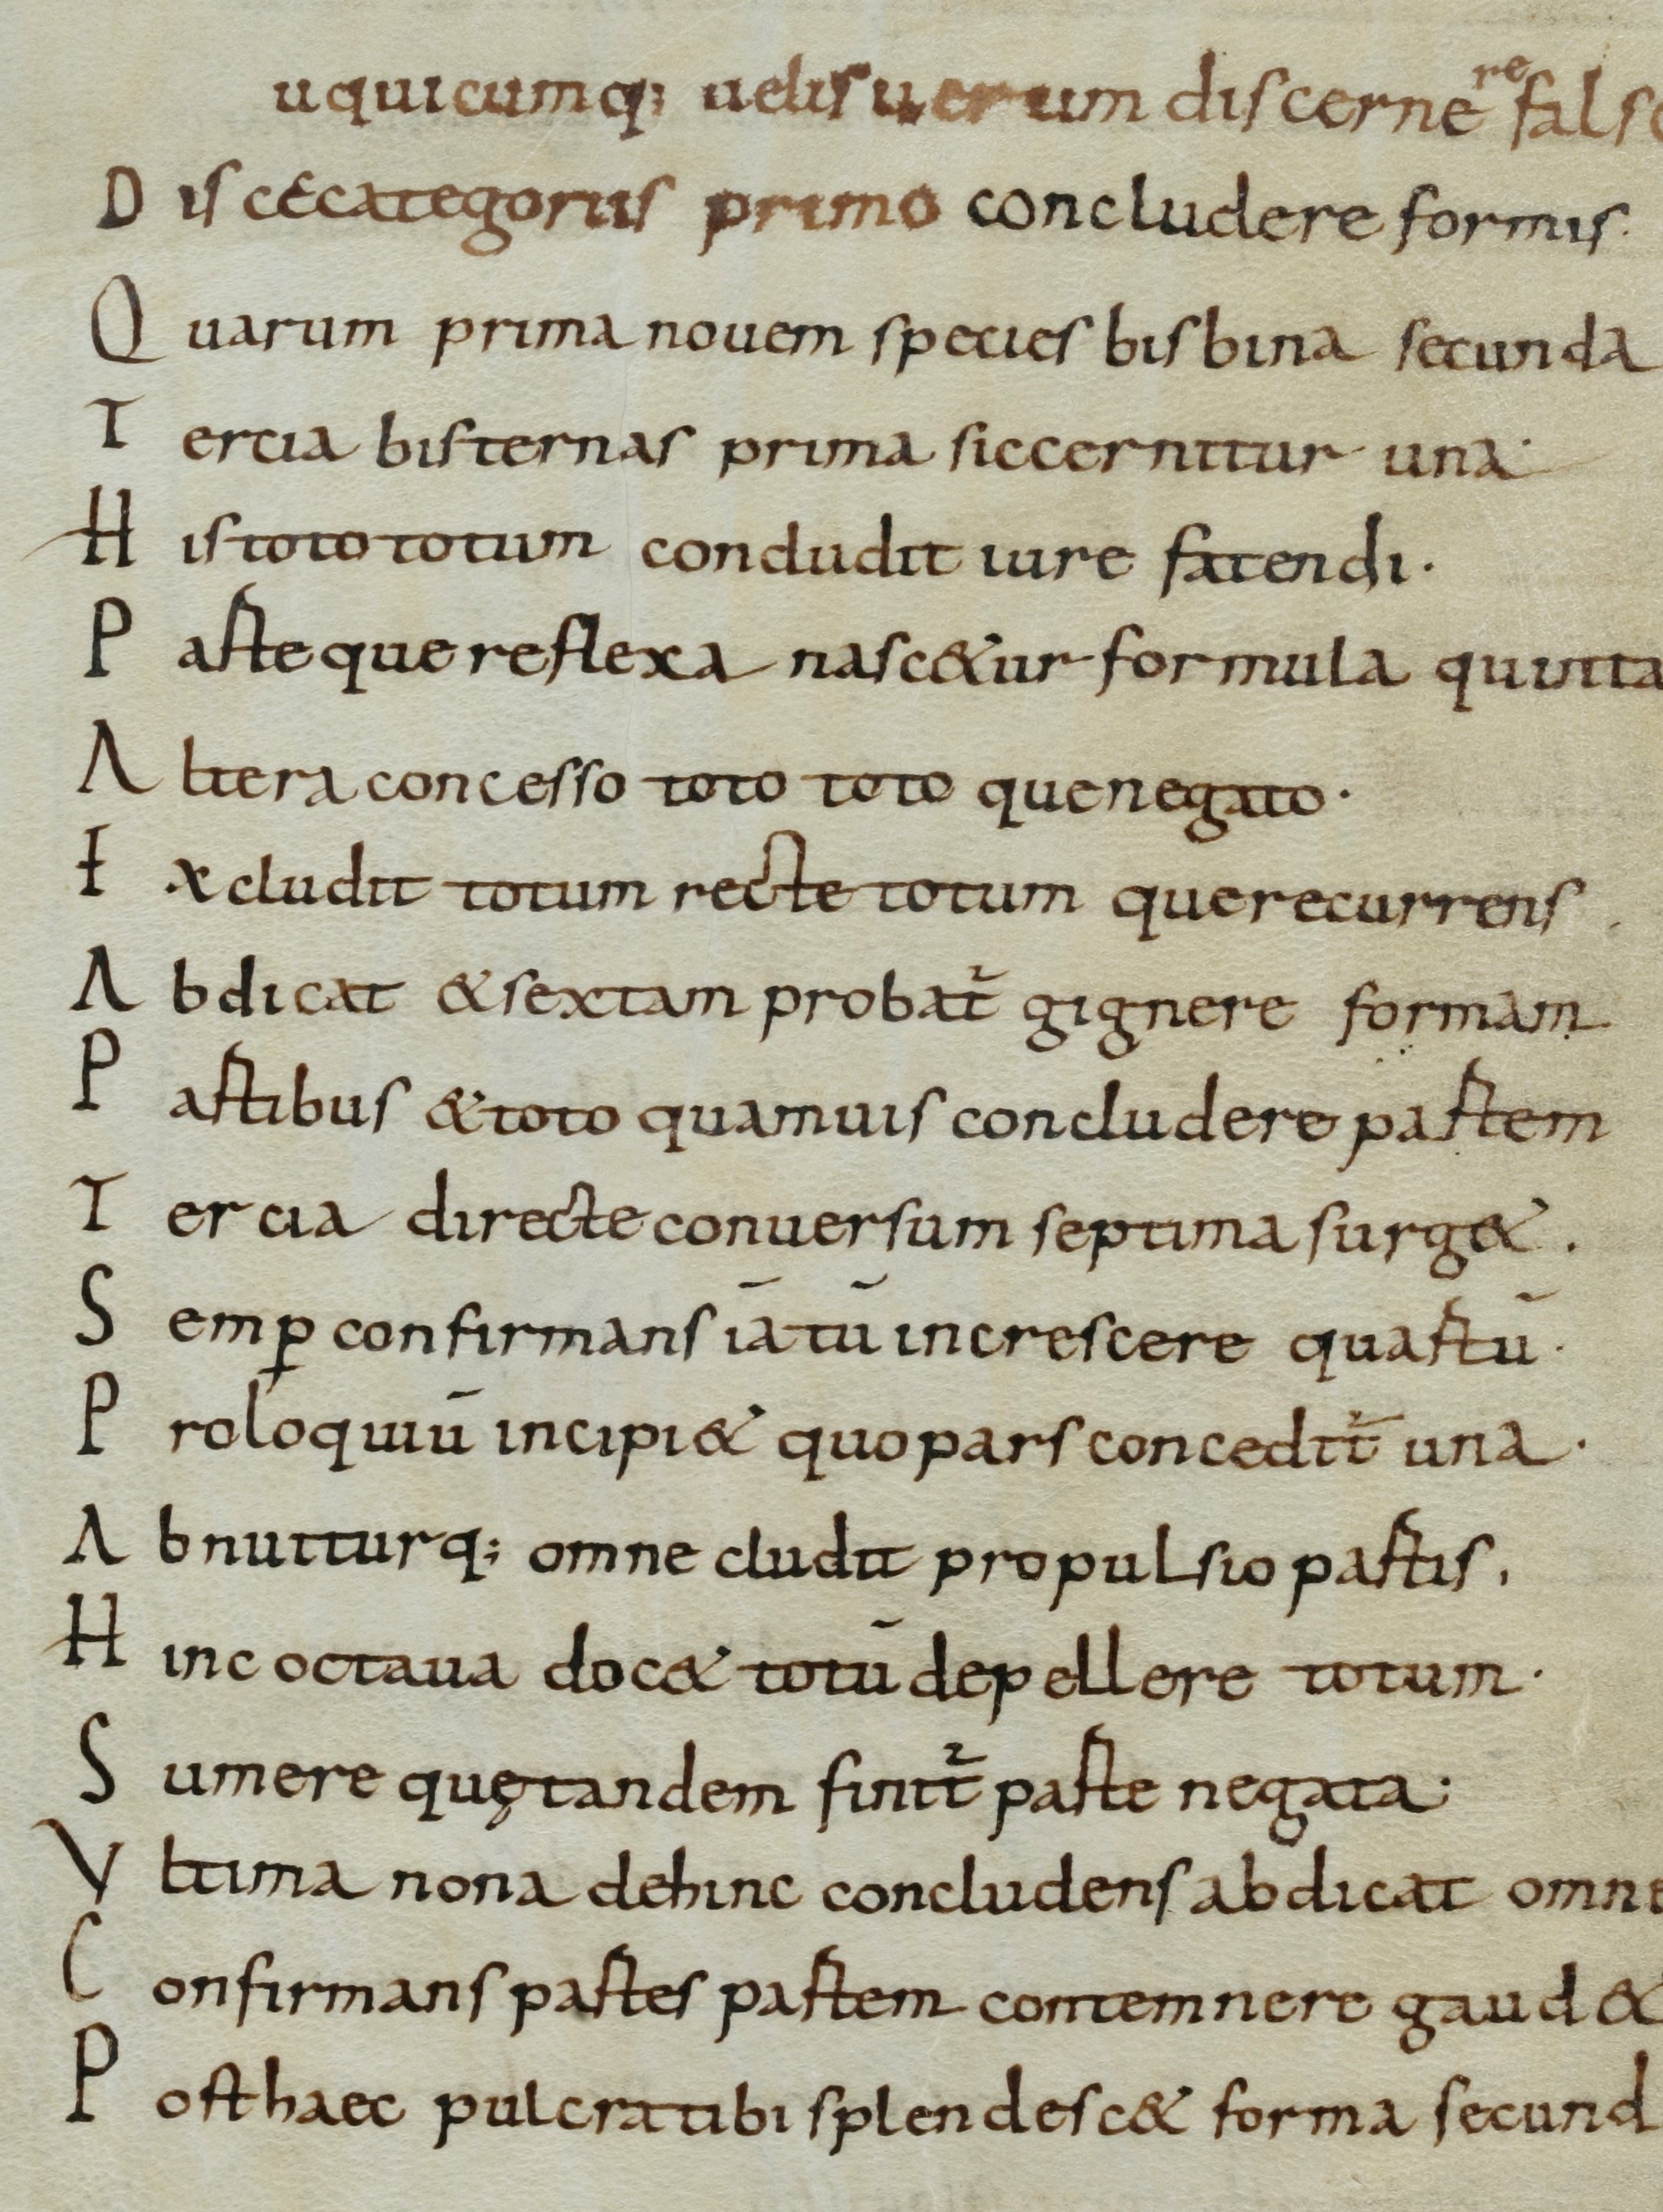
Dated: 800–899